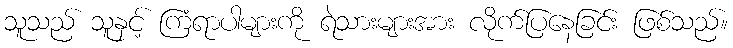
သူသည် သူနှင့် ကြံရာပါများကို ရဲသားများအား လိုက်ပြနေခြင်း ဖြစ်သည်။